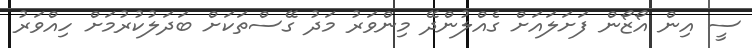
ސީ އިން އޯޒޯން ފަށަލައަށް ގެއްލުންދޭ މިންވަރު މަދު ގޭސްތަކަށް ބަދަލުކުރުމަށް ހިއްވަރު